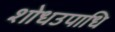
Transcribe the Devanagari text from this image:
शोधउपाधि